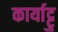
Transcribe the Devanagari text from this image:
कार्याट्टु